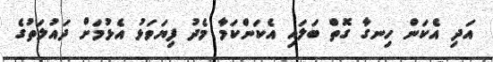
އަދި އެކަން ހިނގާ ގޮތް ބަލައި އެކަންކަމާ މެދު ފިޔަވަޅު އެޅުމަށް ދައުލަތުގެ